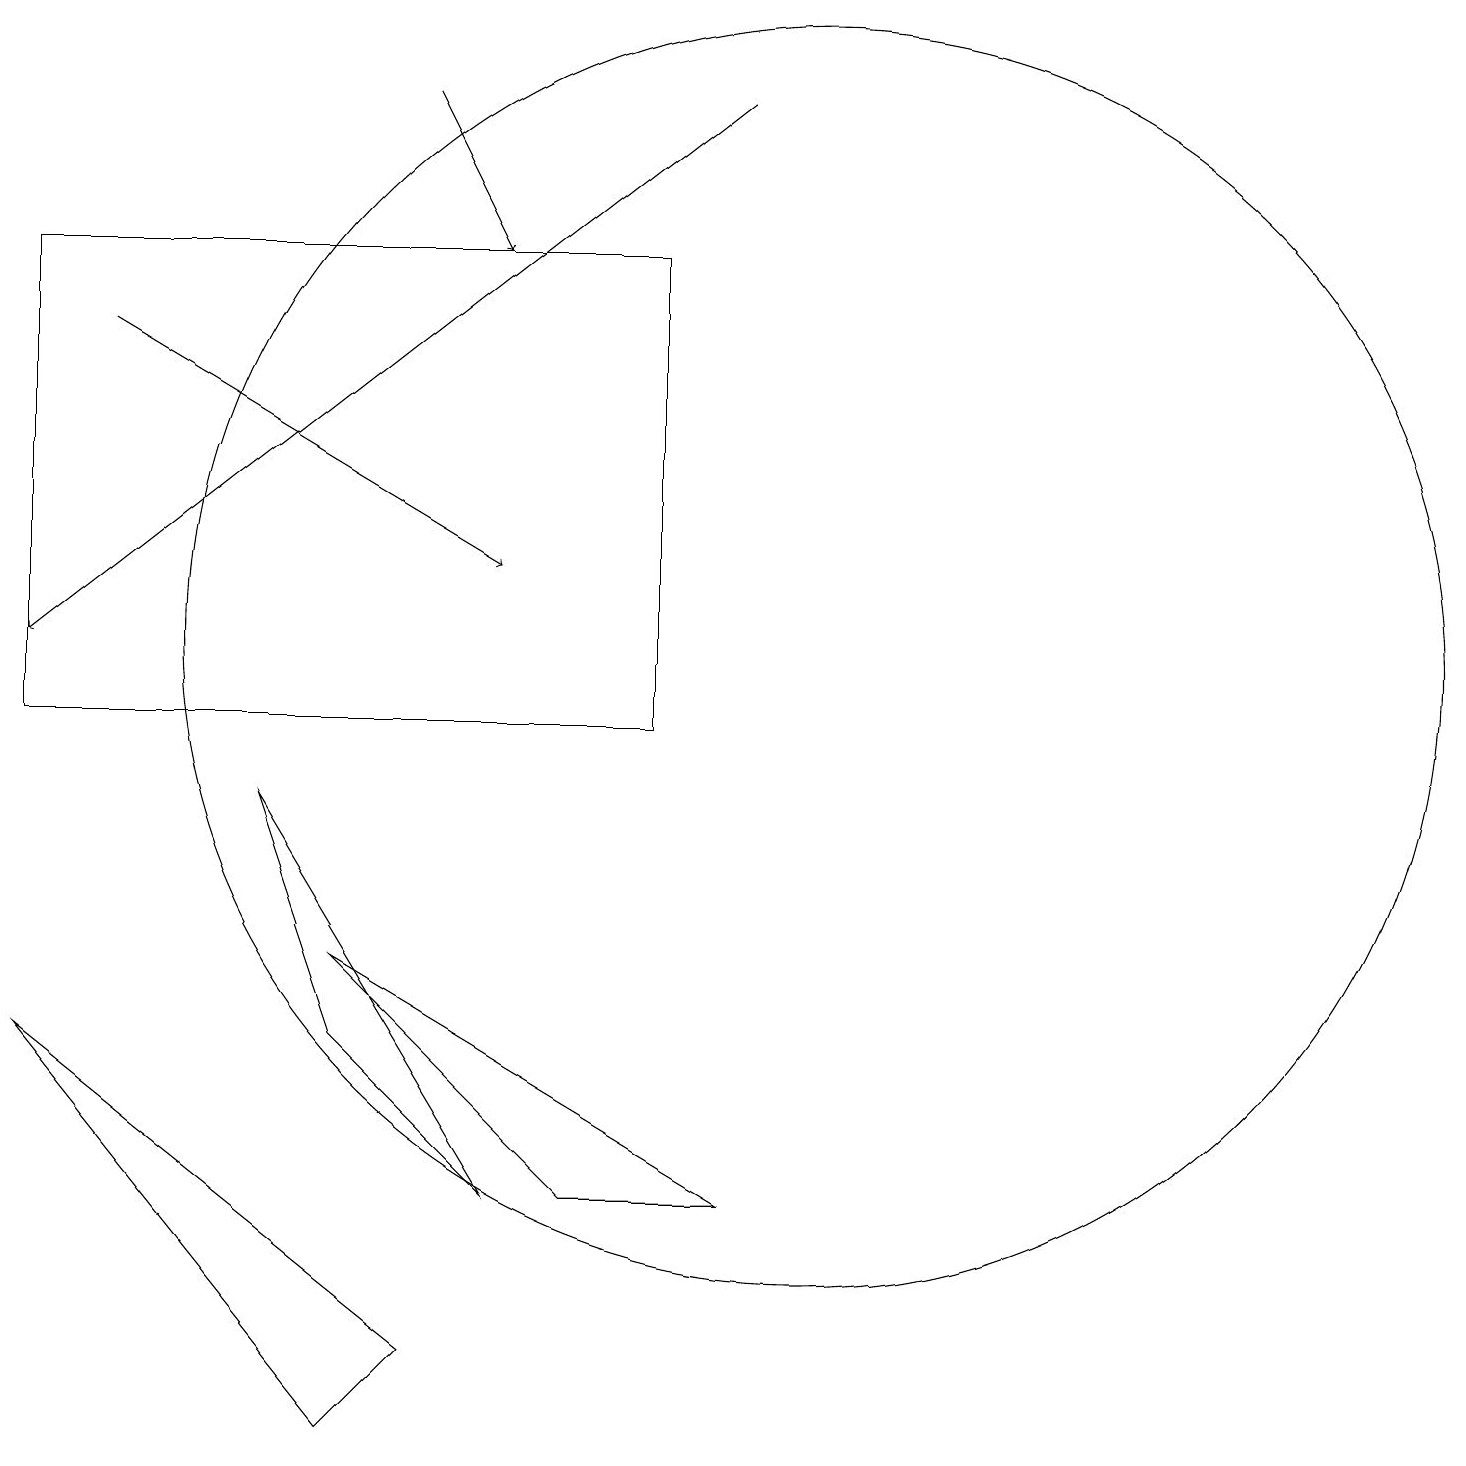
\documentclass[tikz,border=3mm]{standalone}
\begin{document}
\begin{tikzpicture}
\draw (3,9) -- (4,6) -- (6,4) -- cycle;
\draw[->] (9,18) -- (0,11);
\draw[->] (1,15) -- (6,12);
\draw (10,11) circle (8);
\draw (5,2) -- (4,1) -- (0,6) -- cycle;
\draw[->] (5,18) -- (6,16);
\draw (8,10) rectangle (0,16);
\draw (7,4) -- (9,4) -- (4,7) -- cycle;
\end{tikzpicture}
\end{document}